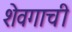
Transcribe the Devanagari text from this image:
शेवगाची